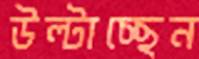
উল্টাচ্ছেন